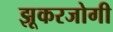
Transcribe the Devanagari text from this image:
झूकरजोगी